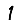
Digit: 1